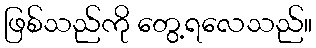
ဖြစ်သည်ကို တွေ့ရလေသည်။